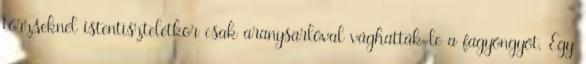
törzseknél istentiszteletkor csak aranysarlóval vághatták le a fagyöngyöt. Egy